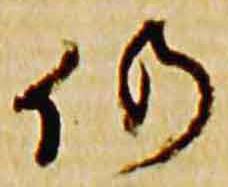
仍